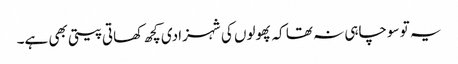
یہ تو سوچاہی نہ تھا کہ پھولوں کی شہزادی کچھ کھاتی پیتی بھی ہے۔